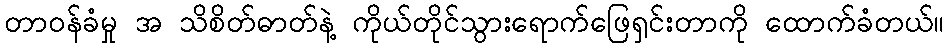
တာဝန်ခံမှု အ သိစိတ်ဓာတ်နဲ့ ကိုယ်တိုင်သွားရောက်ဖြေရှင်းတာကို ထောက်ခံတယ်။